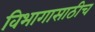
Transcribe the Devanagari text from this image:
विभागासाठीच